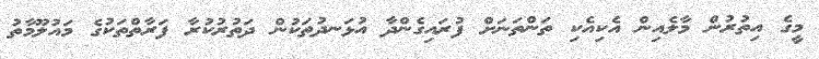
މީގެ އިތުރުން މާލެއިން އެކިއެކި ތަންތަނަށް ފުރައިގެންދާ އުޅަނދުތަކުން ދަތުރުކުރާ ފަރާތްތަކުގެ މައުލޫމާތު